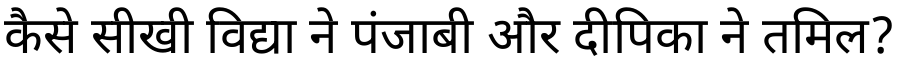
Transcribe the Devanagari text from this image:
कैसे सीखी विद्या ने पंजाबी और दीपिका ने तमिल?